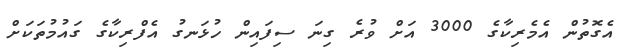
އެގޮތުން އެމެރިކާގެ 3000 އަށް ވުރެ ގިނަ ސިފައިން ހުޅަނގު އެފްރިކާގެ ގައުމުތަކަށް